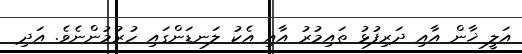
އަލީ ޚާން އާއި ދަރިފުޅު ތައިމުރު އާއި އެކު ލަނޑަންގައި ހުރުމުންނެވެ. އަދި